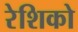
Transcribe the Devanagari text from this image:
रेशिको